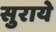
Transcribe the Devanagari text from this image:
सुराये